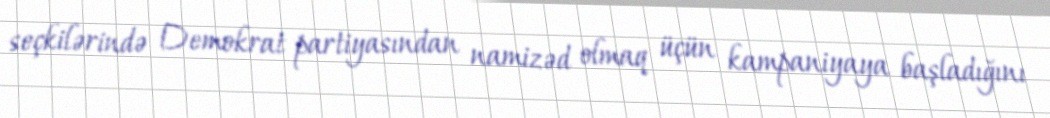
seçkilərində Demokrat partiyasından namizəd olmaq üçün kampaniyaya başladığını